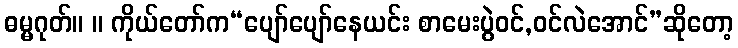
ဓမ္မဂုတ်။ ။ ကိုယ်တော်က“ပျော်ပျော်နေယင်း စာမေးပွဲဝင်,ဝင်လဲအောင်”ဆိုတော့